Problem: 3 × 6 = ?
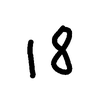
Handwritten answer: 18